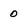
Character: 0